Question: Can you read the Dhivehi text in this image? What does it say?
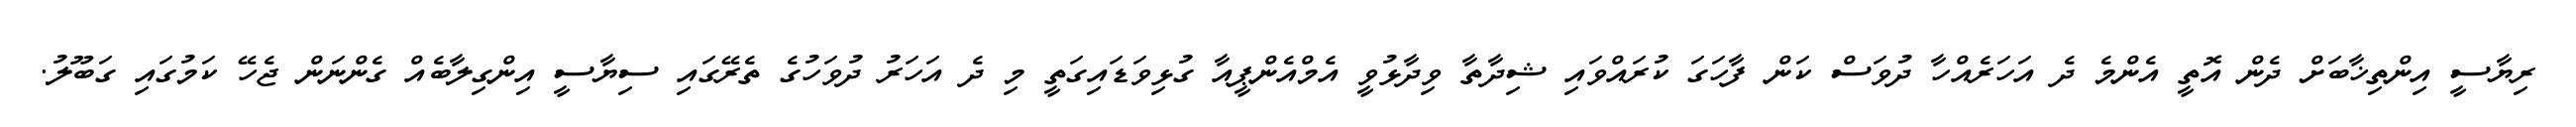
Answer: ރިޔާސީ އިންތިޚާބަށް ދެން އޮތީ އެންމެ ދެ އަހަރެއްހާ ދުވަސް ކަން ފާހަގަ ކުރައްވައި ޝިދާތާ ވިދާޅުވީ އެމްއެންޕީއާ ގުޅިވަޑައިގަތީ މި ދެ އަހަރު ދުވަހުގެ ތެރޭގައި ސިޔާސީ އިންގިލާބެއް ގެންނަން ޖެހޭ ކަމުގައި ގަބޫލު.